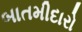
બાતમીદારો